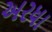
અરધા